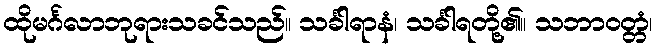
ထိုမင်္ဂလာဘုရားသခင်သည်။ သင်္ခါရာနံ၊ သင်္ခါရတို့၏။ သဘာဝတ္တံ၊